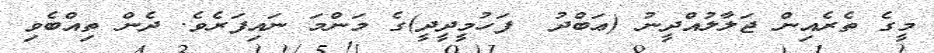
މީގެ ތެރެއިން ޖަލާލުއްދީނު (ޢަބްދު  ފަހުމީދީދީ)ގެ މަންމަ ނައިފަރެވެ. ދެން ތިއްބެވި